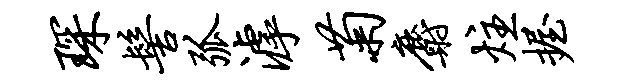
琛髻弧滹菊麝炷握